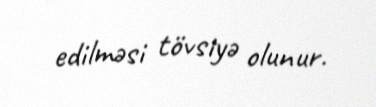
edilməsi tövsiyə olunur.